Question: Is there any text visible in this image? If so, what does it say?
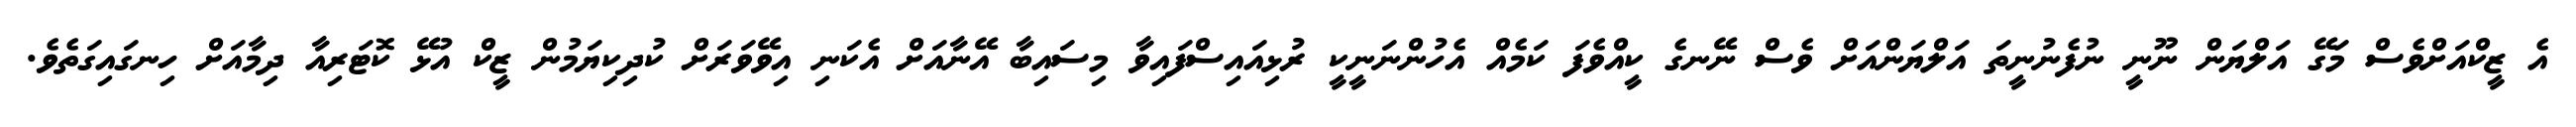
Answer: އެ ޒީކްއަށްވެސް މަގޭ އަލްޔަން ނޫނީ ނުފެނުނީތަ އަލްޔަންއަށް ވެސް ނޭނގެ ކީއްވެފަ ކަމެއް އެހުންނަނީކީ ރުޅިއައިސްފައިވާ މިސައިބާ އޭނާއަށް އެކަނި އިވޭވަރަށް ކުދިކިޔަމުން ޒީކް އުޅޭ ކޮޓަރިއާ ދިމާއަށް ހިނގައިގަތެވެ.